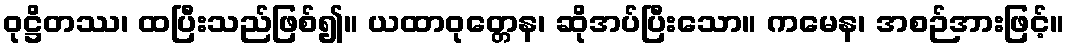
ဝုဋ္ဌိတဿ၊ ထပြီးသည်ဖြစ်၍။ ယထာဝုတ္တေန၊ ဆိုအပ်ပြီးသော။ ကမေန၊ အစဉ်အားဖြင့်။